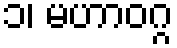
၁၊ မဟာဝဂ္ဂ